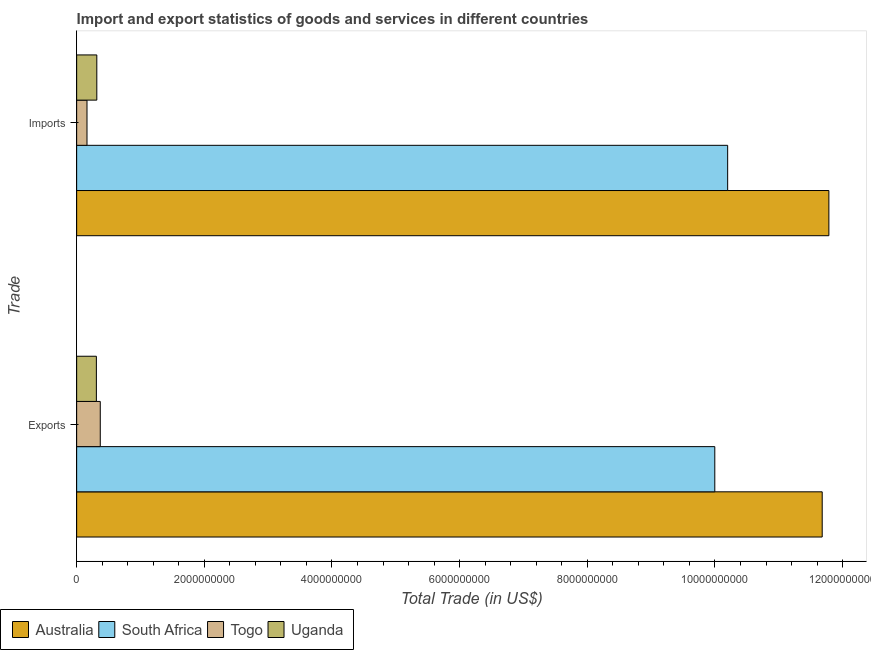
| Trade | Australia | South Africa | Togo | Uganda |
 | --- | --- | --- | --- | --- |
 | Exports | 1.17e+10 | 1e+10 | 3.7e+08 | 3.09e+08 |
 | Imports | 1.18e+10 | 1.02e+10 | 1.62e+08 | 3.16e+08 |